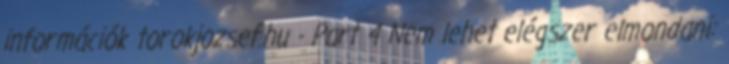
információk torokjozsef.hu - Part 4 Nem lehet elégszer elmondani: